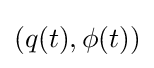
(q(t),\phi (t))